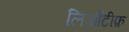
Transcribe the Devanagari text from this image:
लिओंटीफ़